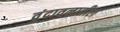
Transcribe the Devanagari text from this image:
वृंदावनातील